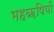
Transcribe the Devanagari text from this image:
महॠषियों